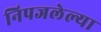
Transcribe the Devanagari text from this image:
निपजलेल्या